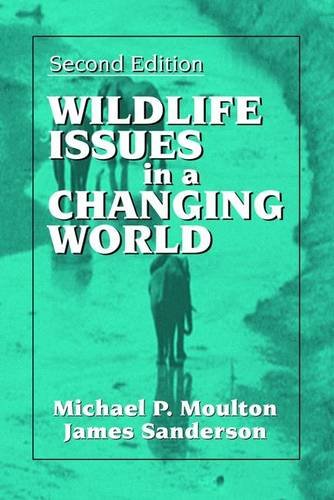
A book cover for Wildlife Issues in a Changing World, Second Edition; James Sanderson; Science & Math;